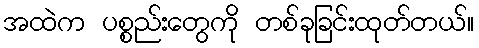
အထဲက ပစ္စည်းတွေကို တစ်ခုခြင်းထုတ်တယ်။